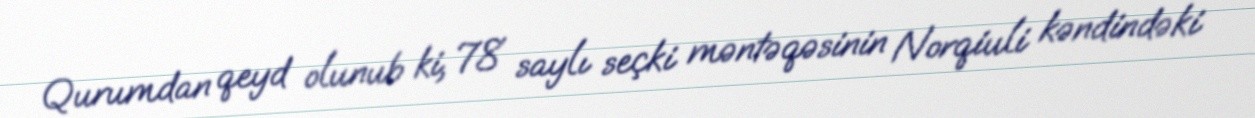
Qurumdan qeyd olunub ki, 78 saylı seçki məntəqəsinin Norqiuli kəndindəki